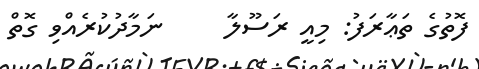
ފޮތުގެ ތަޢާރަފު: މިއީ ރަސޫލާ     ނަމާދުކުރެއްވި ގޮތް